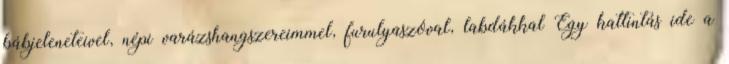
bábjeleneteivel, népi varázshangszereimmel, furulyaszóval, labdákkal Egy kattintás ide a